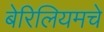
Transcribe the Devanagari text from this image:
बेरिलियमचे